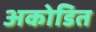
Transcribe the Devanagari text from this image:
अकोडित